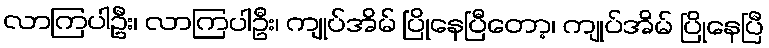
လာကြပါဦး၊ လာကြပါဦး၊ ကျုပ်အိမ် ပြိုနေပြီတော့၊ ကျုပ်အိမ် ပြိုနေပြီ